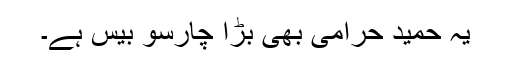
یہ حمید حرامی بھی بڑا چارسو بیس ہے۔